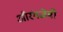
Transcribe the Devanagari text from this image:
औरंगजेबी